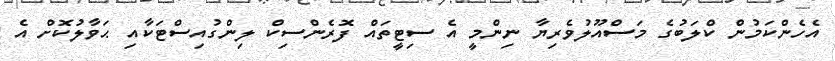
އެހެންކަމުން ކްލަބުގެ މަސްއޫލުވެރިޔާ ނިންމީ އެ ސިޓީތައް ފޮރެންސިކް ލިންގުއިސްޓަކާއި ޙަވާލުކޮށް އެ